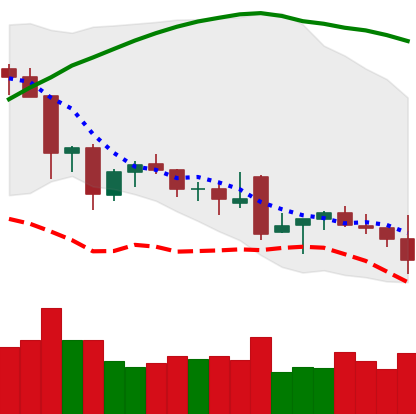
Ticker: NEO-USD
Chart end date: 2021-12-03
Forward return: -11.113%
Label: down_7plus